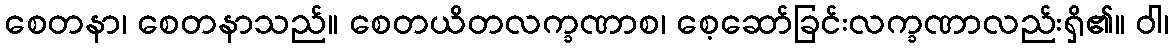
စေတနာ၊ စေတနာသည်။ စေတယိတလက္ခဏာစ၊ စေ့ဆော်ခြင်းလက္ခဏာလည်းရှိ၏။ ဝါ၊